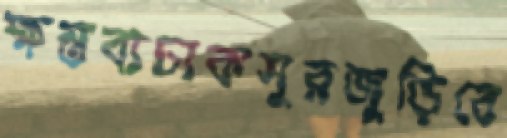
ক্ষন্তব্যঢাকসুরজুড়িবে